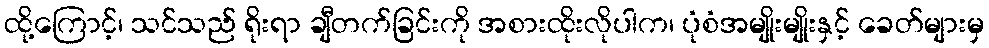
ထို့ကြောင့်၊ သင်သည် ရိုးရာ ချီတက်ခြင်းကို အစားထိုးလိုပါက၊ ပုံစံအမျိုးမျိုးနှင့် ခေတ်များမှ